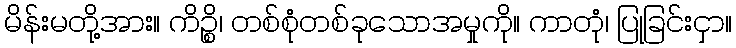
မိန်းမတို့အား။ ကိဉ္စိ၊ တစ်စုံတစ်ခုသောအမှုကို။ ကာတုံ၊ ပြုခြင်းငှာ။